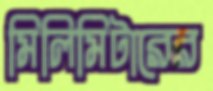
মিলিমিটারের